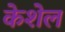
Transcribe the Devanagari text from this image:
केशेल